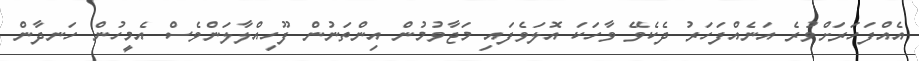
އެއްފަހަރަށްވުރެ އަނެއްފަހަރު ދެކެވޭ ވާހަކަ އޮލަވެފައި މަޖާވުމުން އިންތަނުން ފޫހިއްލާލަންވެސް އެމީހުން ހަނދާން